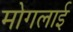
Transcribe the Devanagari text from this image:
मोगलार्इ